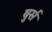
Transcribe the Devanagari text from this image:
बुर्स